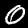
Digit: 0